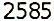
2585